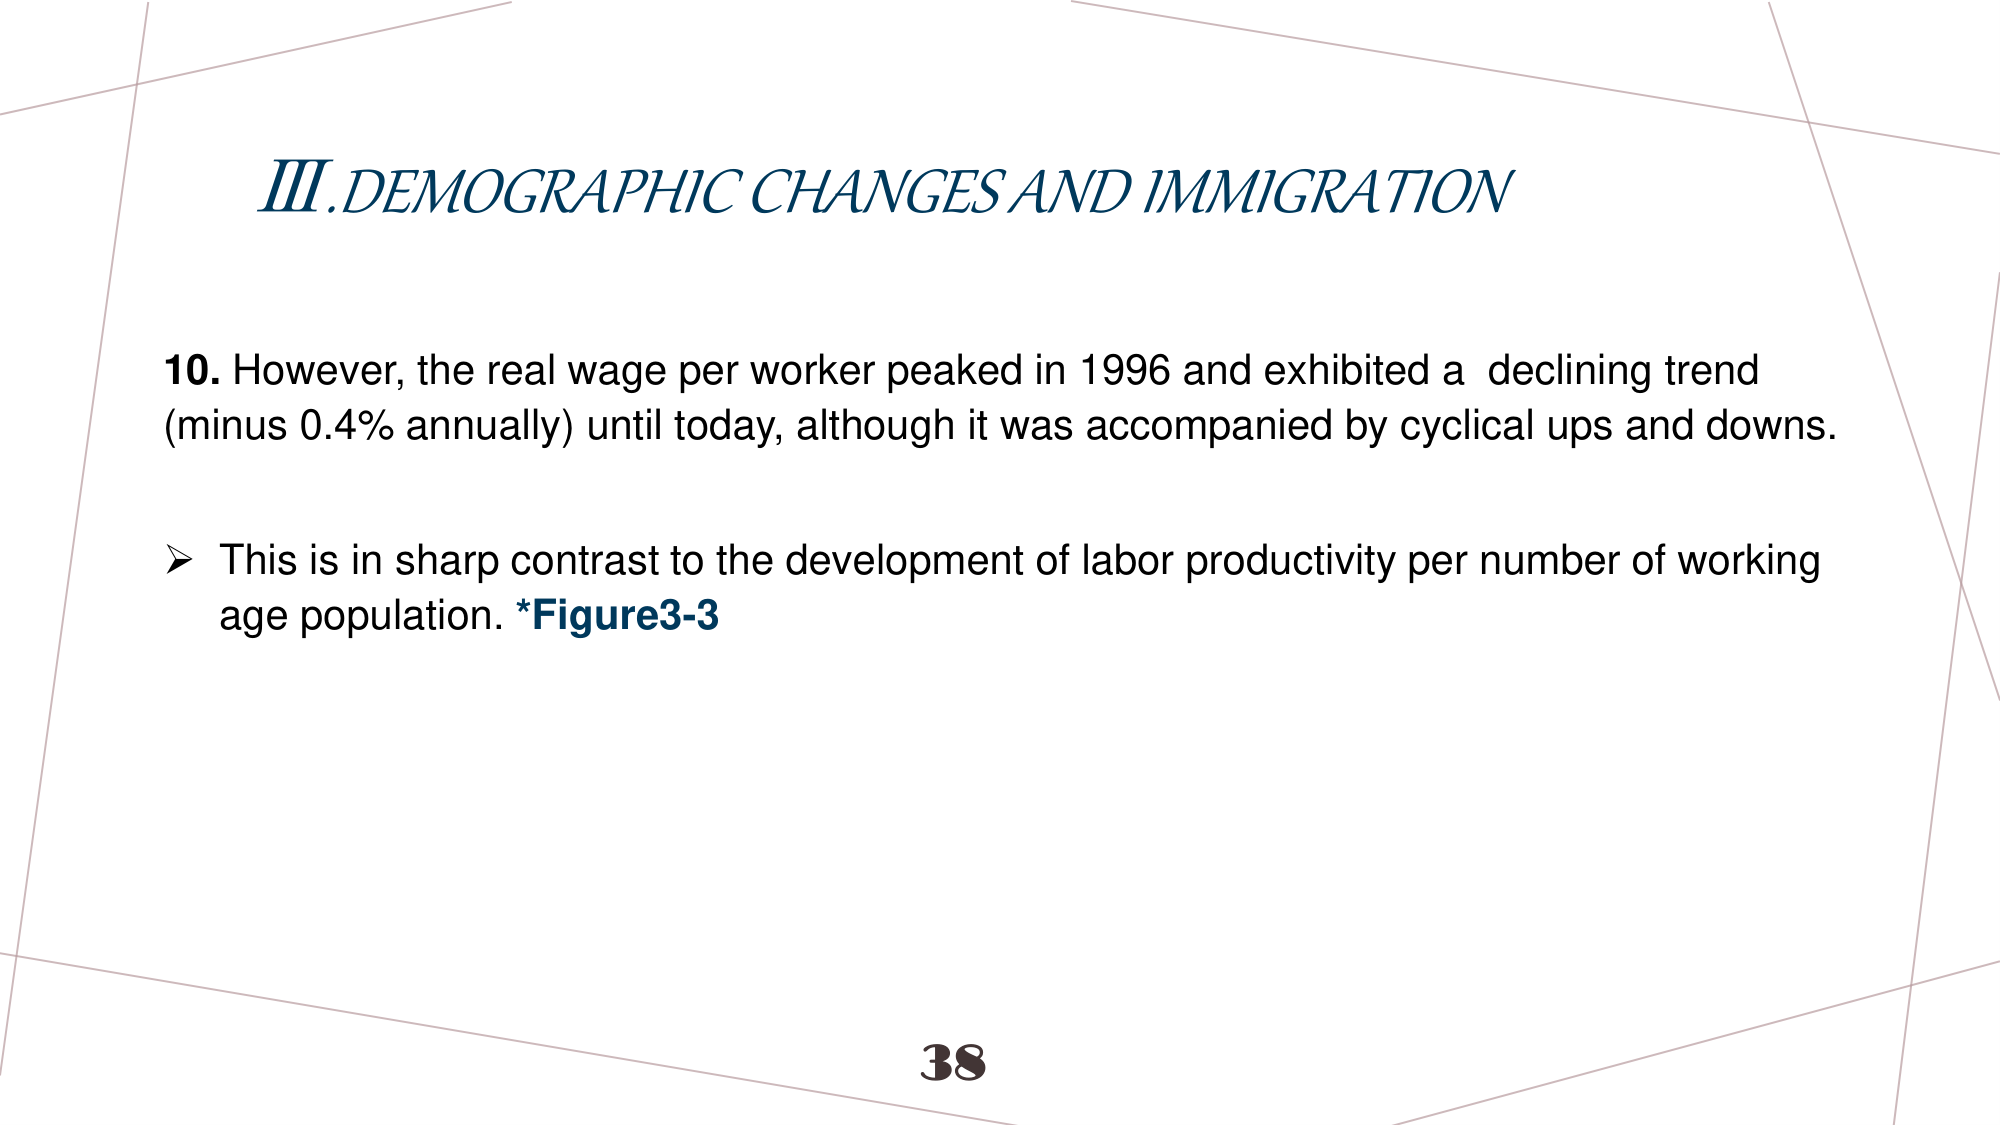
III. DEMOGRAPHIC CHANGES AND IMMIGRATION

10. However, the real wage per worker peaked in 1996 and exhibited a declining trend (minus 0.4% annually) until today, although it was accompanied by cyclical ups and downs.

➤ This is in sharp contrast to the development of labor productivity per number of working age population. *Figure3-3

38